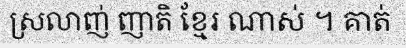
ស្រលាញ់ ញាតិ ខ្មែរ ណាស់ ។ គាត់